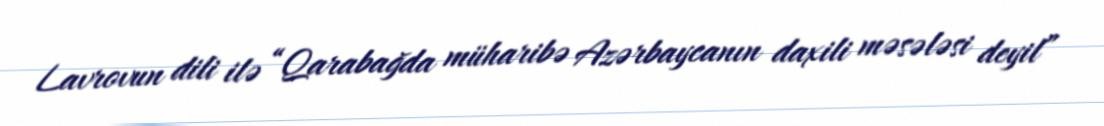
Lavrovun dili ilə “Qarabağda müharibə Azərbaycanın daxili məsələsi deyil”